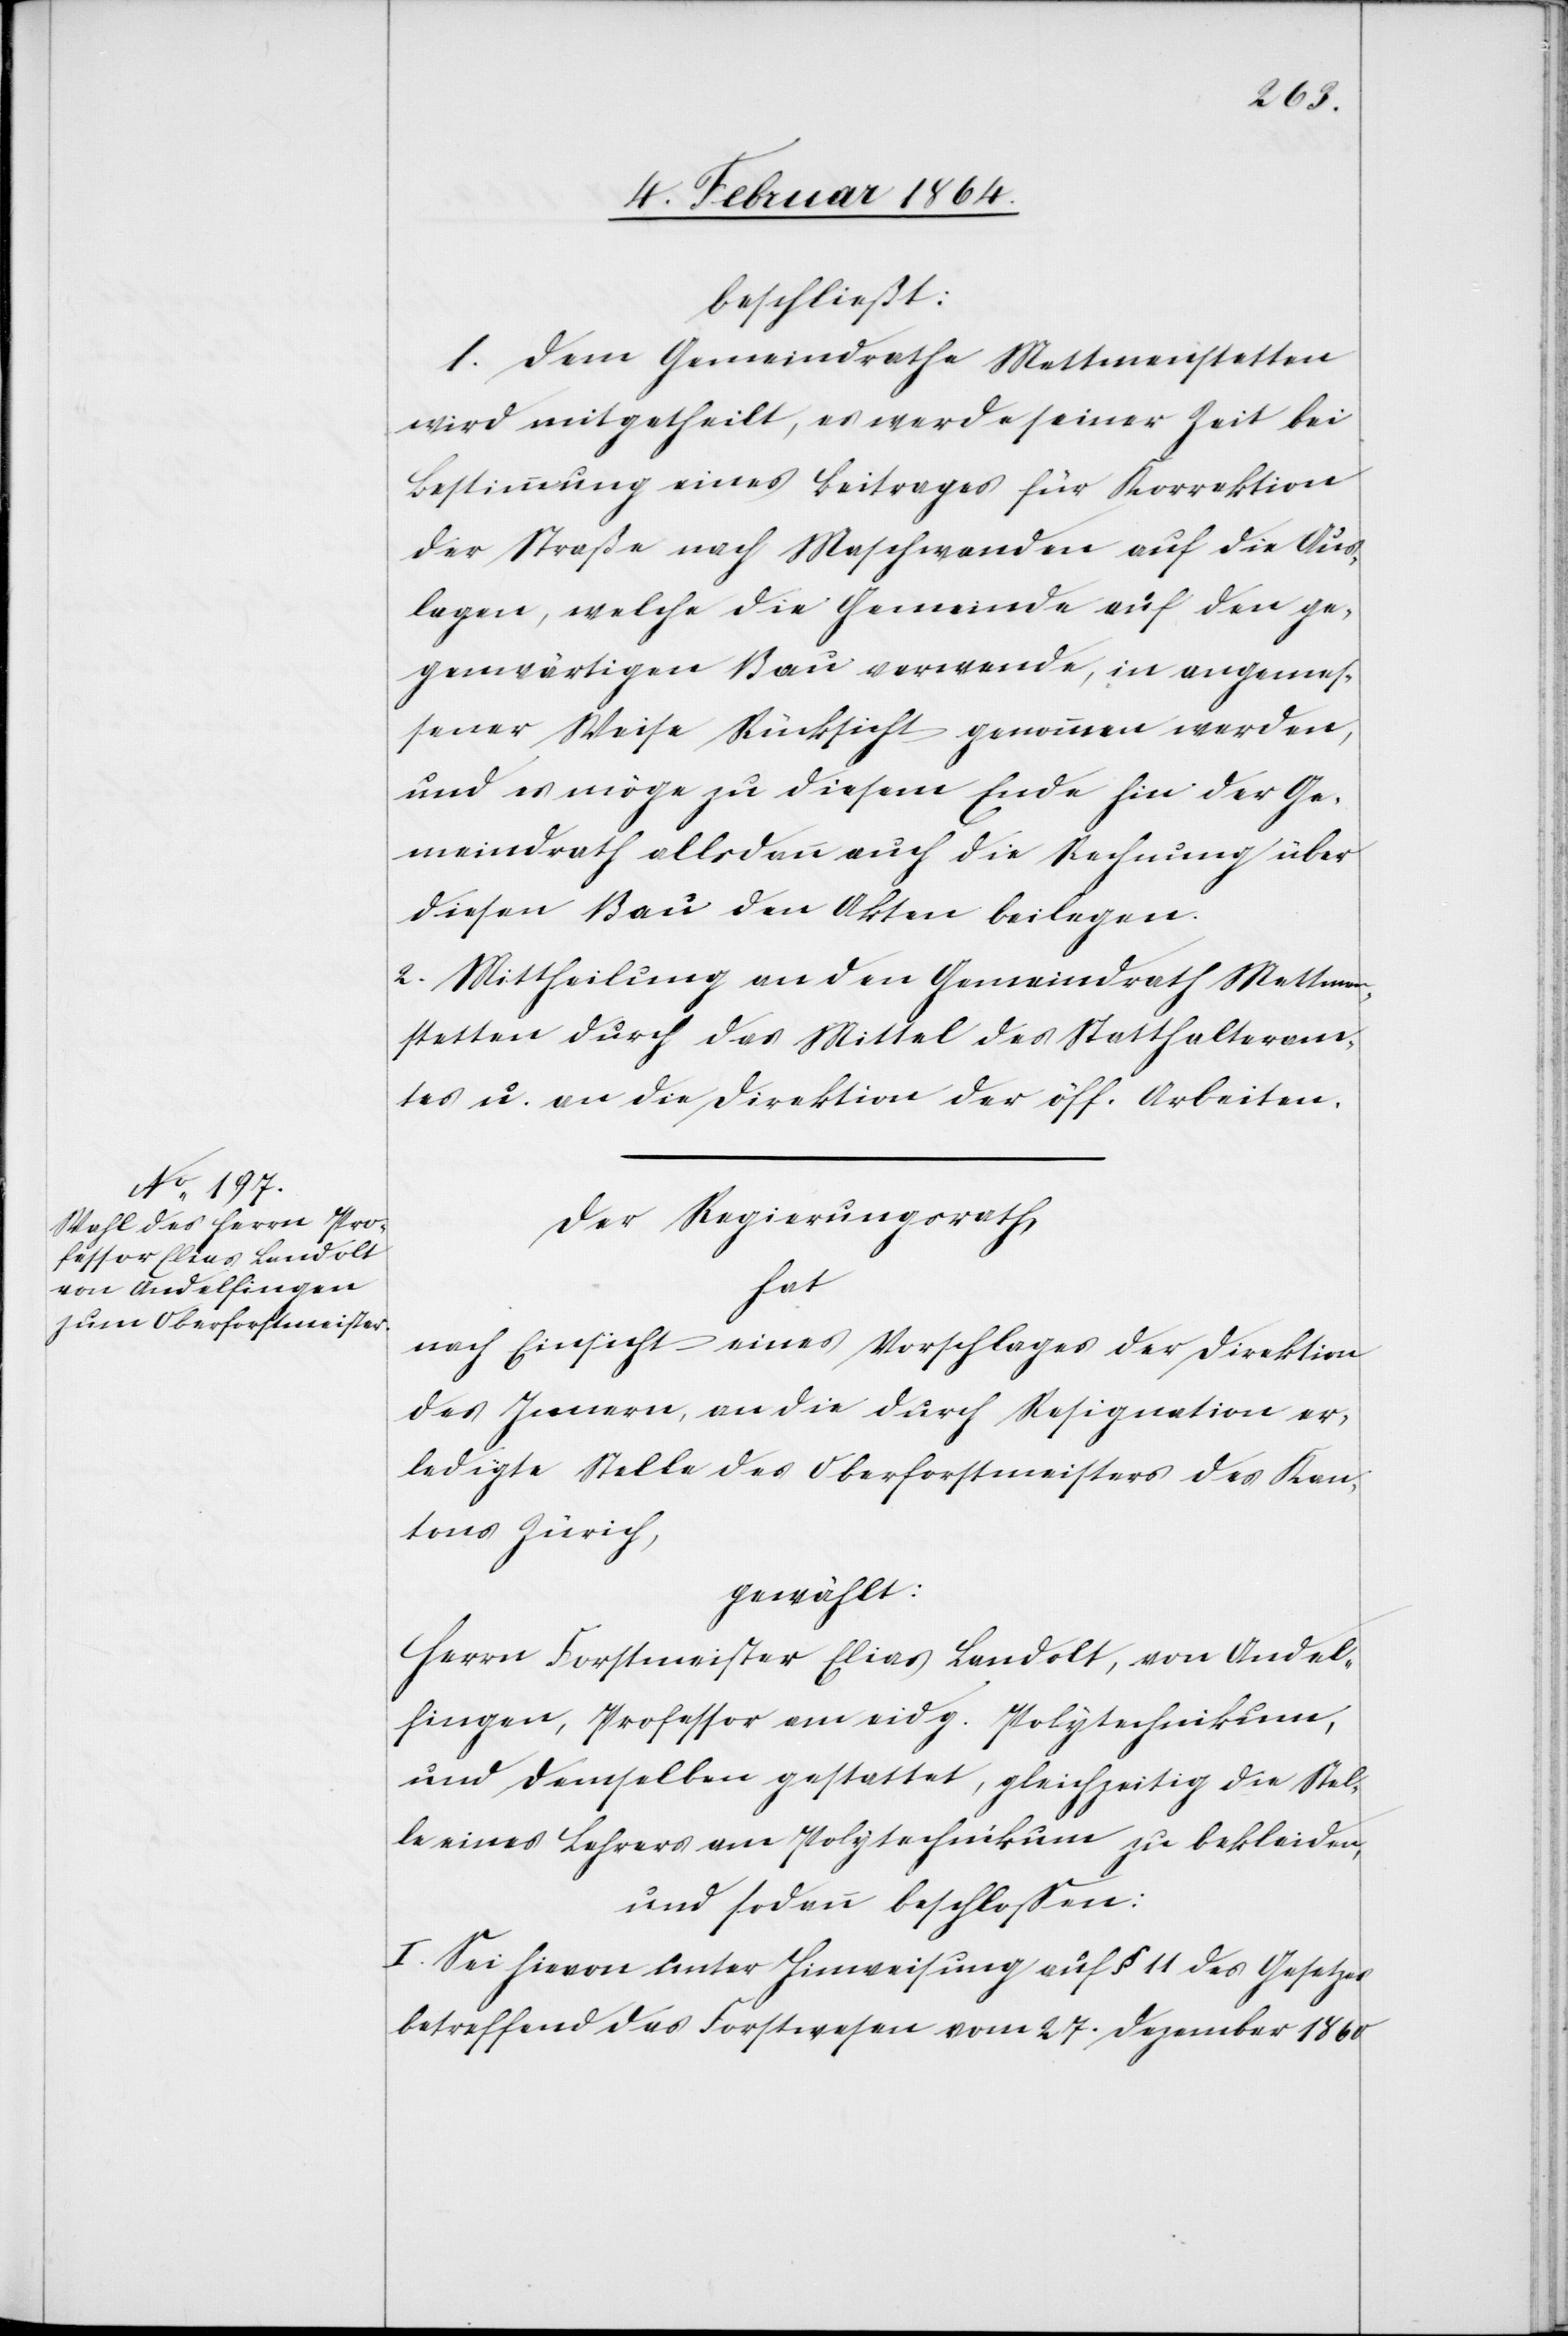
beschließt:
1. Dem Gemeindrathe Mettmenstetten
wird mitgetheilt, es werde seiner Zeit bei
Bestimmung eines Beitrages für Korrektion
der Straße nach Maschwanden auf die Aus¬
lagen, welche die Gemeinde auf den ge¬
genwärtigen Bau verwende, in angemes¬
sener Weise Rücksicht genommen werden,
und es möge zu diesem Ende hin der Ge¬
meindrath allsdann auch die Rechnung über
diesen Bau den Akten beilegen.
2. Mittheilung an den Gemeindrath Mettmen¬
stetten durch das Mittel des Statthalteram¬
tes u. an die Direktion der öff. Arbeiten.
Der Regierungsrath
hat
nach Einsicht eines Vorschlages der Direktion
des Innern, an die durch Resignation er¬
ledigte Stelle des Oberforstmeisters des Kan¬
tons Zürich,
gewählt:
Herrn Forstmeister Elias Landolt, von Andel¬
fingen, Professor am eidg. Polytechnikum,
und demselben gestattet, gleichzeitig die Stel¬
le eines Lehrers am Polytechnikum zu bekleiden,
und sodann beschlossen:
I. Sei hievon unter Hinweisung auf § 11 des Gesetzes
betreffend das Forstwesen vom 27. Dezember 1860